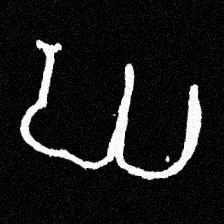
Pyu character \u2014 Myanmar letter: ဃ (romanized: gha)